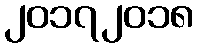
၂၀၁၇၂၀၁၈